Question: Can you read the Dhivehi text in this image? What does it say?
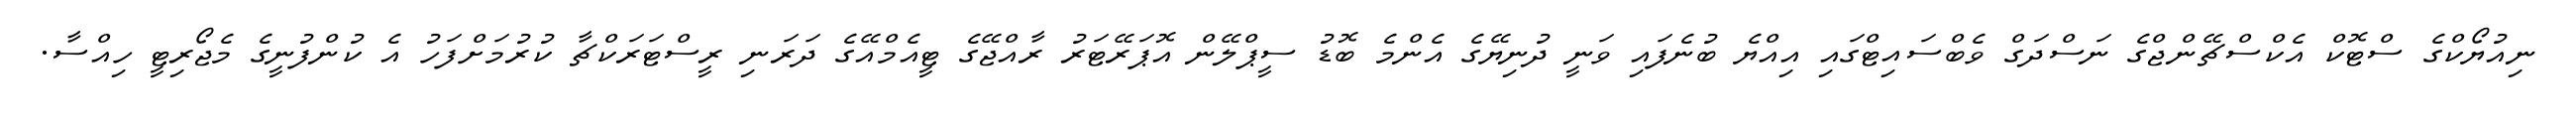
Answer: ނިއުޔޯކްގެ ސްޓޮކް އެކްސްޗޭންޖްގެ ނަސްދަގް ވެބްސައިޓްގައި އިއްޔެ ބުނެފައި ވަނީ ދުނިޔޭގެ އެންމެ ބޮޑު ސީޕްލޭން އޮޕަރޭޓަރު ރާއްޖޭގެ ޓީއެމްއޭގެ ދަރަނި ރީސްޓަރަކްޗާ ކުރުމަށްފަހު އެ ކުންފުނީގެ މެޖޯރިޓީ ހިއްސާ.